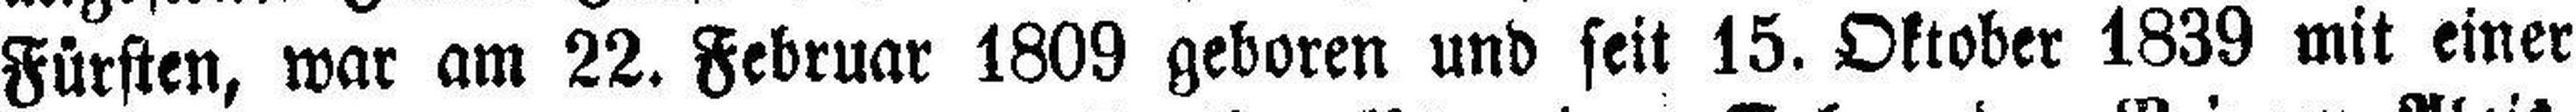
Fürsten, war am 22. Februar 1809 geboren und seit 15. Oktober 1839 mit einer